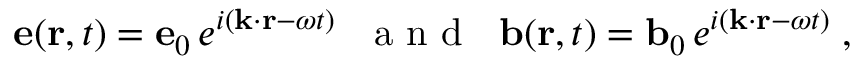
\begin{array} { r } { { \bf e } ( { \bf r } , t ) = { \bf e } _ { 0 } \, e ^ { i ( { \bf k } \cdot { \bf r } - \omega t ) } \; \, \, \mathrm { ~ a ~ n ~ d ~ } \; \, \, { \bf b } ( { \bf r } , t ) = { \bf b } _ { 0 } \, e ^ { i ( { \bf k } \cdot { \bf r } - \omega t ) } \; , } \end{array}